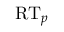
\mathrm { R T } _ { p }